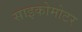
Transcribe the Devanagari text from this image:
साइकोमोटर